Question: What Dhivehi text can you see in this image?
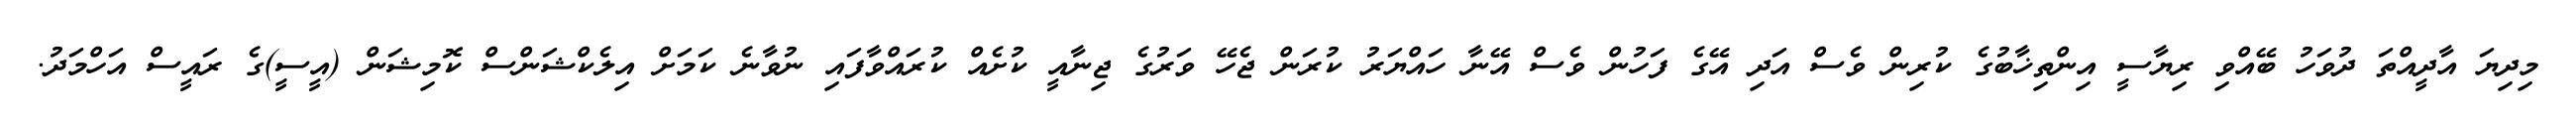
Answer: މިދިޔަ އާދީއްތަ ދުވަހު ބޭއްވި ރިޔާސީ އިންތިޚާބުގެ ކުރިން ވެސް އަދި އޭގެ ފަހުން ވެސް އޭނާ ހައްޔަރު ކުރަން ޖެހޭ ވަރުގެ ޖިނާއީ ކުށެއް ކުރައްވާފައި ނުވާނެ ކަމަށް އިލެކްޝަންސް ކޮމިޝަން (އީސީ)ގެ ރައީސް އަހްމަދު.